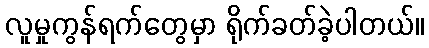
လူမှုကွန်ရက်တွေမှာ ရိုက်ခတ်ခဲ့ပါတယ်။